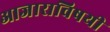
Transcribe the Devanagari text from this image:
आजाराविषयी